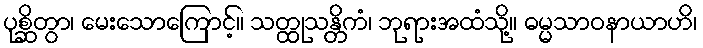
ပုစ္ဆိတွာ၊ မေးသောကြောင့်။ သတ္ထုသန္တိကံ၊ ဘုရားအထံသို့။ ဓမ္မသာဝနာယာဟိ၊